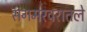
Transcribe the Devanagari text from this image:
संगमरवरातले